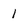
Character: 1